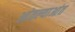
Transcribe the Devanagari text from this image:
आंतल्याआंत